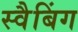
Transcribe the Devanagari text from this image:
स्वैबिंग